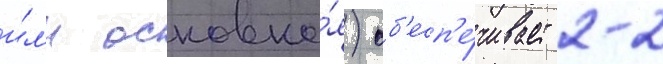
и́л'и основна́я) об'есп'е́чивает 2-2